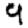
Digit: 9